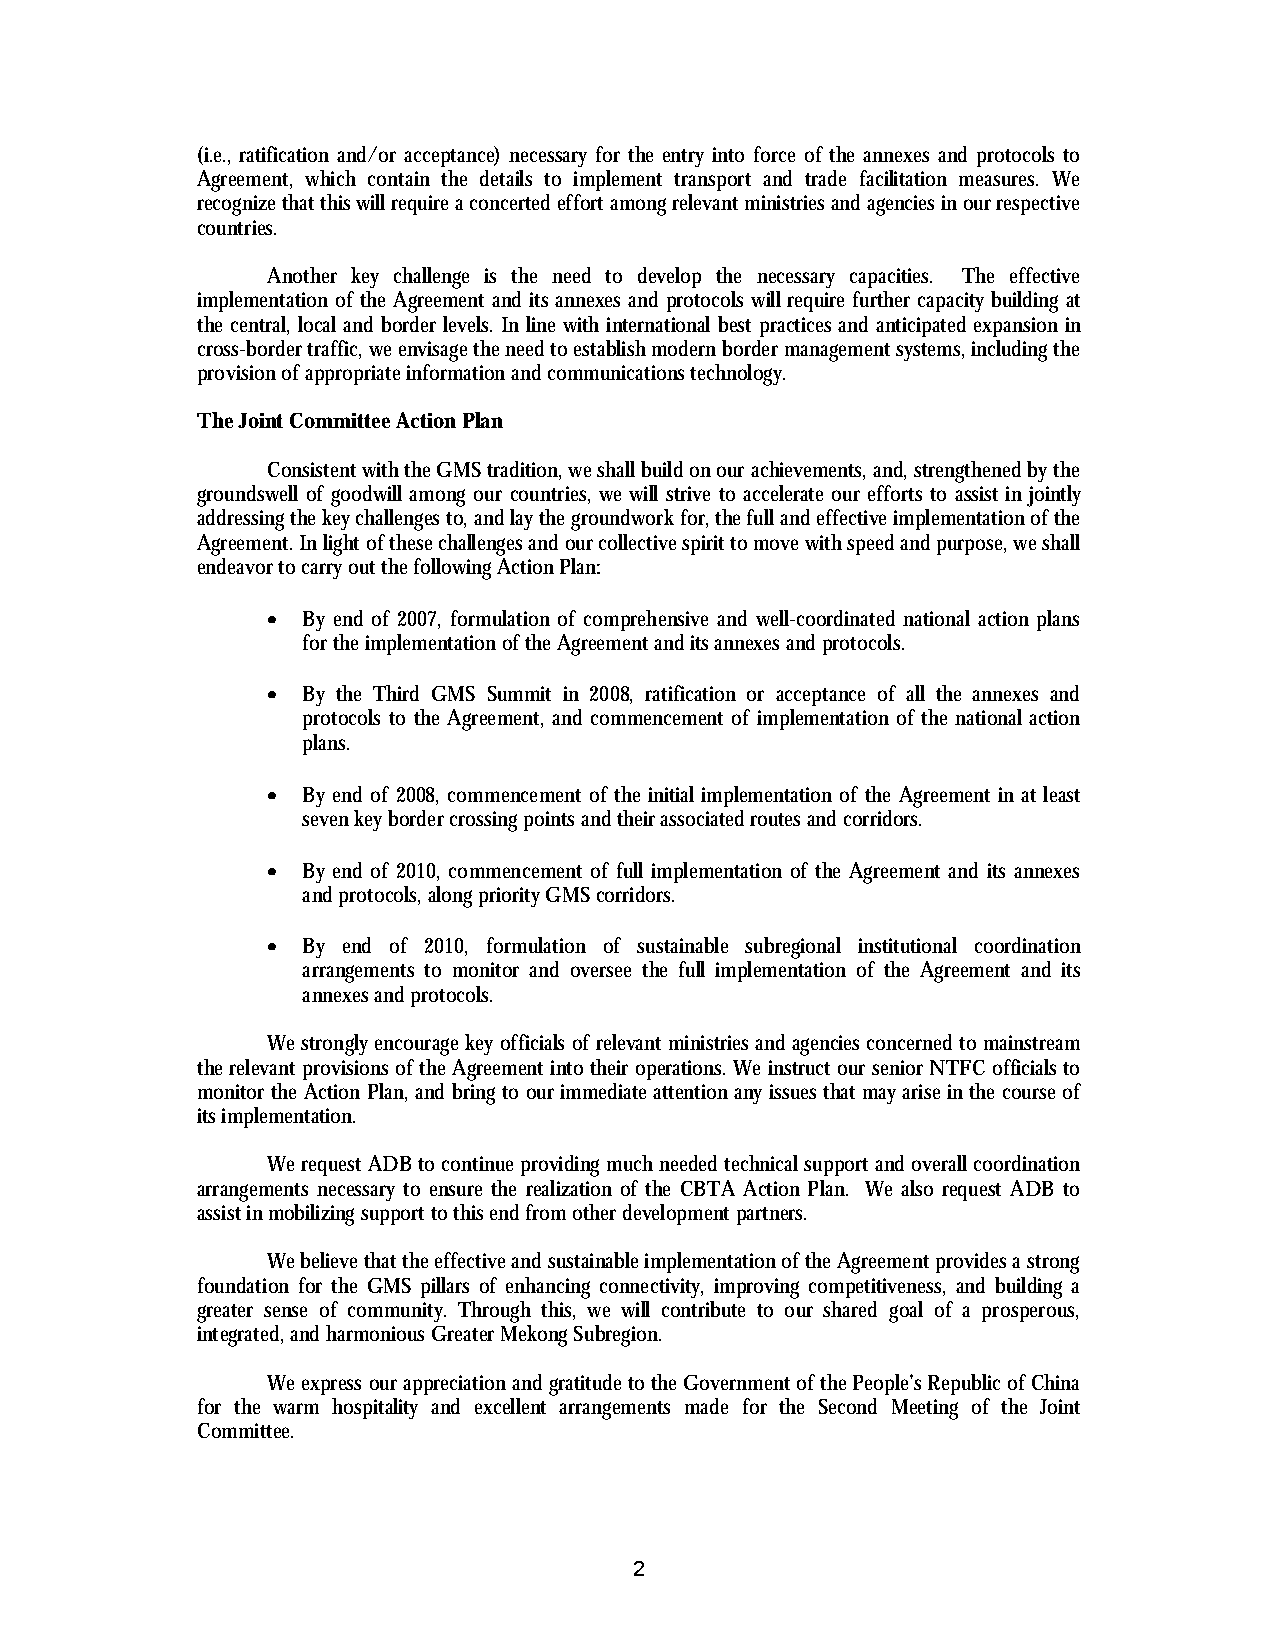
(i.e., ratification and/or acceptance) necessary for the entry into force of the annexes and protocols to
 Agreement, which contain the details to implement transport and trade facilitation measures. We
 recognize that this will require a concerted effort among relevant ministries and agencies in our respective
 countries.
 Another key challenge is the need to develop the necessary capacities. The effective
 implementation of the Agreement and its annexes and protocols will require further capacity building at
 the central, local and border levels. In line with international best practices and anticipated expansion in
 cross-border traffic, we envisage the need to establish modern border management systems, including the
 provision of appropriate information and communications technology.
 The Joint Committee Action Plan
 Consistent with the GMS tradition, we shall build on our achievements, and, strengthened by the
 groundswell of goodwill among our countries, we will strive to accelerate our efforts to assist in jointly
 addressing the key challenges to, and lay the groundwork for, the full and effective implementation of the
 Agreement. In light of these challenges and our collective spirit to move with speed and purpose, we shall
 endeavor to carry out the following Action Plan:
 • By end of 2007, formulation of comprehensive and well-coordinated national action plans
 for the implementation of the Agreement and its annexes and protocols.
 • By the Third GMS Summit in 2008, ratification or acceptance of all the annexes and
 protocols to the Agreement, and commencement of implementation of the national action
 plans.
 • By end of 2008, commencement of the initial implementation of the Agreement in at least
 seven key border crossing points and their associated routes and corridors.
 • By end of 2010, commencement of full implementation of the Agreement and its annexes
 and protocols, along priority GMS corridors.
 • By end of 2010, formulation of sustainable subregional institutional coordination
 arrangements to monitor and oversee the full implementation of the Agreement and its
 annexes and protocols.
 We strongly encourage key officials of relevant ministries and agencies concerned to mainstream
 the relevant provisions of the Agreement into their operations. We instruct our senior NTFC officials to
 monitor the Action Plan, and bring to our immediate attention any issues that may arise in the course of
 its implementation.
 We request ADB to continue providing much needed technical support and overall coordination
 arrangements necessary to ensure the realization of the CBTA Action Plan. We also request ADB to
 assist in mobilizing support to this end from other development partners.
 We believe that the effective and sustainable implementation of the Agreement provides a strong
 foundation for the GMS pillars of enhancing connectivity, improving competitiveness, and building a
 greater sense of community. Through this, we will contribute to our shared goal of a prosperous,
 integrated, and harmonious Greater Mekong Subregion.
 We express our appreciation and gratitude to the Government of the People’s Republic of China
 for the warm hospitality and excellent arrangements made for the Second Meeting of the Joint
 Committee.
 2